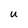
Character: U